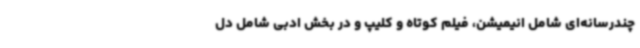
چندرسانه‌ای شامل انیمیشن، فیلم کوتاه و کلیپ و در بخش ادبی شامل دل